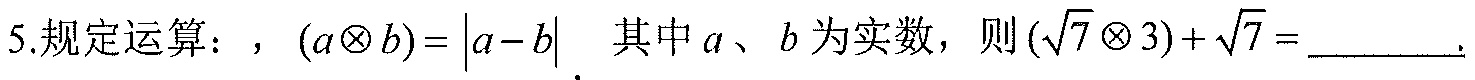
5.规定运算：，\((a\otimes b)=\left|a - b\right|\) 其中\(a\)、\(b\)为实数，则\((\sqrt{7}\otimes 3)+\sqrt{7} =\underline{\quad\quad}.\)